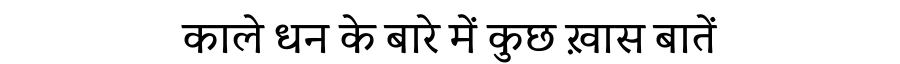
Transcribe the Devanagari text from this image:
काले धन के बारे में कुछ ख़ास बातें